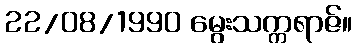
22/08/1990 မွေးသက္ကရာဇ်။